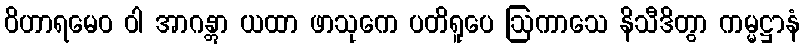
ဝိဟာရမေဝ ဝါ အာဂန္တွာ ယထာ ဖာသုကေ ပတိရူပေ ဩကာသေ နိသီဒိတွာ ကမ္မဋ္ဌာနံ